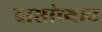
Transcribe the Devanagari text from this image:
दासांच्याच